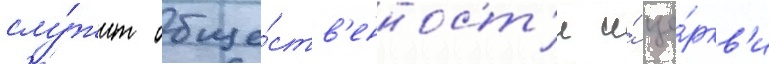
слу́жит обще́ств'енност'и и́ це́ркв'и